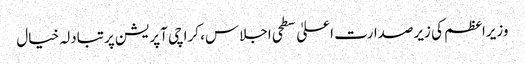
وزیراعظم کی زیرصدارت اعلیٰ سطحی اجلاس، کراچی آپریشن پرتبادلہ خیال